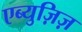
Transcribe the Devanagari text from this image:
एब्युज़िज़